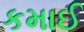
કમાઈ